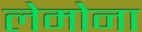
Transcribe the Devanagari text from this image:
लेमोना